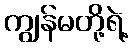
ကျွန်မတို့ရဲ့